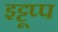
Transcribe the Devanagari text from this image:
इट्टूप्प